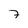
Character: 7